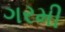
ગરમી